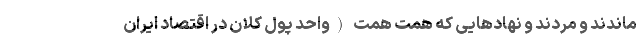
ماندند و مُردند و نهادهایی که همت همت (واحد پول کلان در اقتصاد ایران